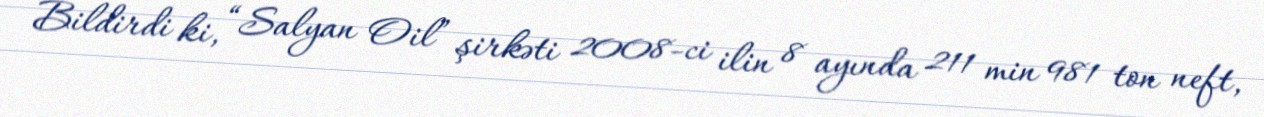
Bildirdi ki, “Salyan Oil” şirkəti 2008-ci ilin 8 ayında 211 min 981 ton neft,